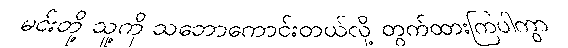
မင်းတို့ သူ့ကို သဘောကောင်းတယ်လို့ တွက်ထားကြပါကွာ